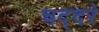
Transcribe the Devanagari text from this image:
चद्दरे